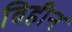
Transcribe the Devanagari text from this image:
विहीन